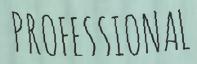
PROFESSIONAL